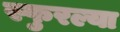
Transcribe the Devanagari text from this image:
स्फुरल्या